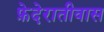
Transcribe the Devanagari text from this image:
फ़ेदेरातीवास